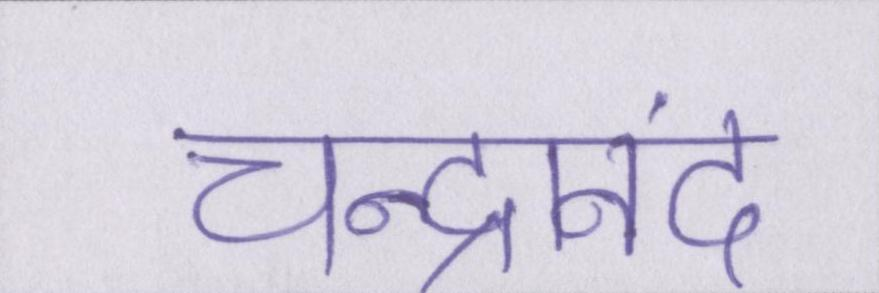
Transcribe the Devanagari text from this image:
चन्द्रानंद